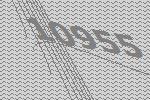
10955